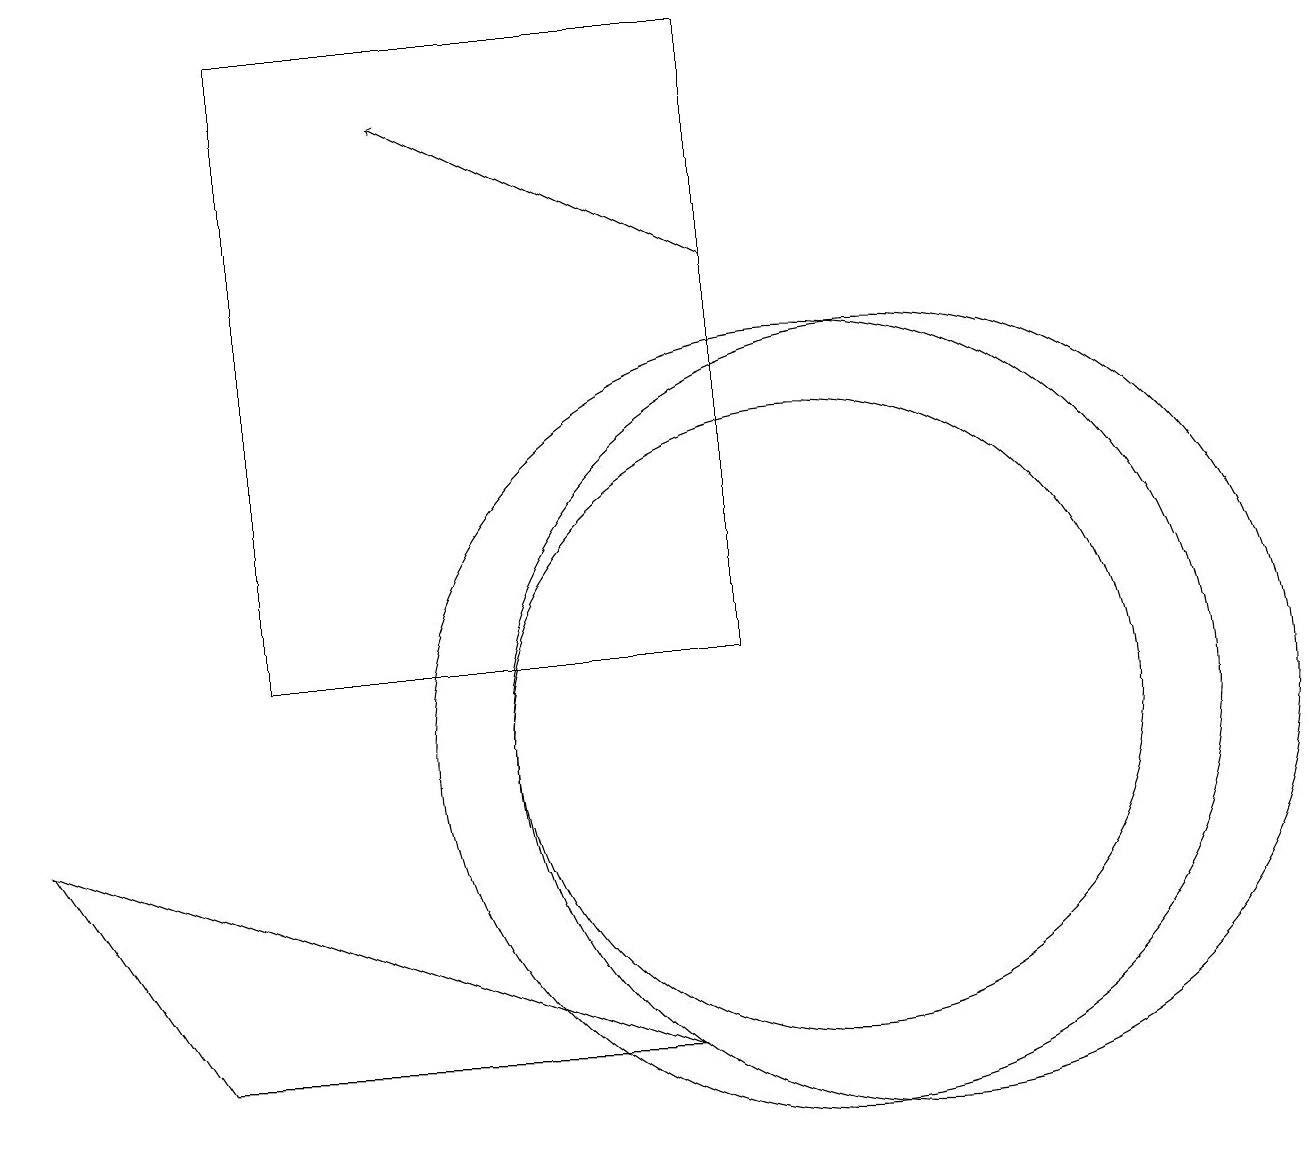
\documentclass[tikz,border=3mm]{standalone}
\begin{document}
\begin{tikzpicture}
\draw (0,9) -- (2,6) -- (8,6) -- cycle;
\draw (10,10) circle (5);
\draw (3,11) rectangle (9,19);
\draw[->] (9,16) -- (5,18);
\draw (11,10) circle (5);
\draw (10,10) circle (4);
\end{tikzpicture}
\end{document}